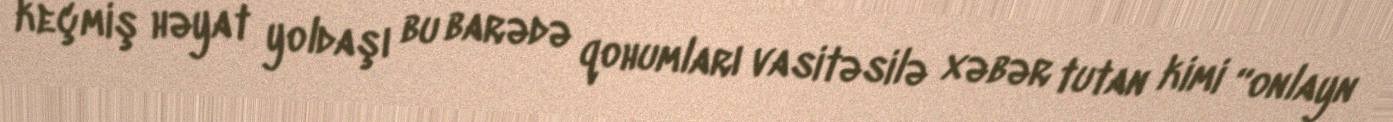
keçmiş həyat yoldaşı bu barədə qohumları vasitəsilə xəbər tutan kimi “onlayn